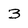
Character: 3